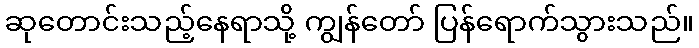
ဆုတောင်းသည့်နေရာသို့ ကျွန်တော် ပြန်ရောက်သွားသည်။